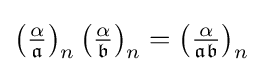
\left({\tfrac {\alpha }{\mathfrak {a}}}\right)_{n}\left({\tfrac {\alpha }{\mathfrak {b}}}\right)_{n}=\left({\tfrac {\alpha }{\mathfrak {ab}}}\right)_{n}